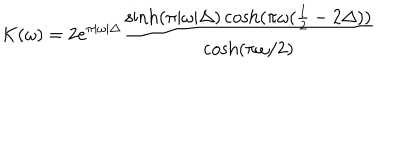
LaTeX: K ( \omega ) = 2 e ^ { \pi | \omega | \Delta } \frac { \sinh ( \pi | \omega | \Delta ) \cosh ( \pi \omega ( \frac { 1 } { 2 } - 2 \Delta ) ) } { \cosh ( \pi \omega / 2 ) }